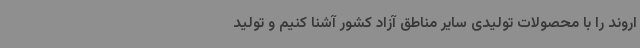
اروند را با محصولات تولیدی سایر مناطق آزاد کشور آشنا کنیم و تولید